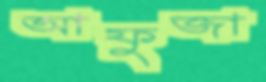
আফুজা